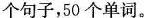
个句子，50个单词。